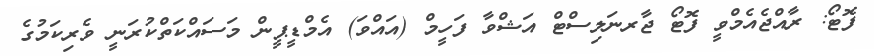
ފޮޓޯ: ރާއްޖެއެމްވީ ފޮޓޯ ޖާރނަލިސްޓް އަޝްވާ ފަހީމް (އައްވަ) އެމްޑީޕީން މަސައްކަތްކުރަނީ ވެރިކަމުގެ